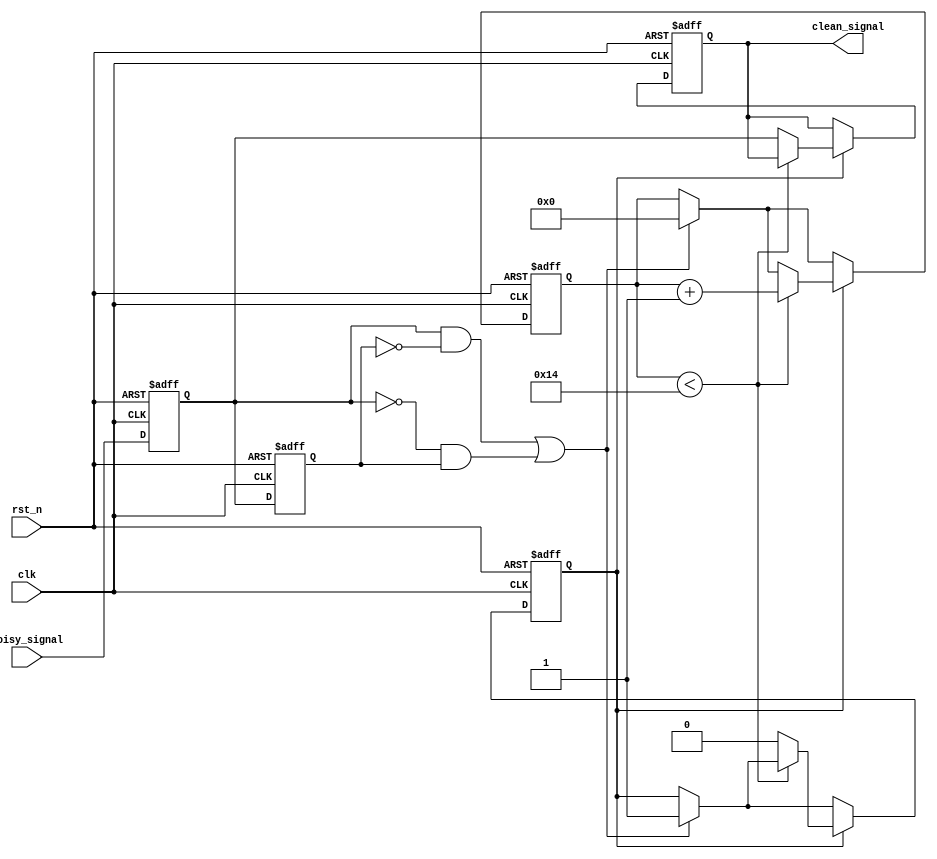
module DebouncedEdgeDetector #(
    parameter DEBOUNCE_TIME = 20 // Debounce time in clock cycles
)(
    input wire clk,                // Clock signal
    input wire rst_n,              // Active low reset
    input wire noisy_signal,       // Noisy input signal
    output reg clean_signal         // Debounced output signal
);

    // State registers
    reg current_state;
    reg previous_state;

    // Debounce timer
    reg [4:0] debounce_counter; // Assuming DEBOUNCE_TIME fits in 5 bits
    reg debounce_active;

    // Edge detection signals
    wire rising_edge;
    wire falling_edge;

    // Edge detection logic
    assign rising_edge = (current_state == 1'b1) && (previous_state == 1'b0);
    assign falling_edge = (current_state == 1'b0) && (previous_state == 1'b1);

    // State update and debounce logic
    always @(posedge clk or negedge rst_n) begin
        if (!rst_n) begin
            current_state <= 1'b0;
            previous_state <= 1'b0;
            clean_signal <= 1'b0;
            debounce_counter <= 0;
            debounce_active <= 1'b0;
        end else begin
            // Update the current state with the noisy signal
            previous_state <= current_state;
            current_state <= noisy_signal;

            // Check for edges
            if (rising_edge || falling_edge) begin
                debounce_counter <= 0; // Reset the counter on edge detection
                debounce_active <= 1'b1; // Start debounce period
            end
            
            // Debounce timer logic
            if (debounce_active) begin
                if (debounce_counter < DEBOUNCE_TIME) begin
                    debounce_counter <= debounce_counter + 1'b1; // Increment counter
                end else begin
                    debounce_active <= 1'b0; // End debounce period
                    clean_signal <= current_state; // Update clean_signal
                end
            end
        end
    end

endmodule